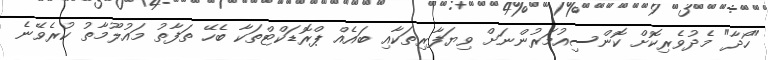
"ހޯދާ" މެދުވެރިކޮށް ކޮންސިއުމަރުންނަށް ވިޔަފާރިތަކާއި ބައެއް ޕްރޮޑަކްޓްތަކާ ބެހޭ ތަފާތު މައުލޫމާތު ކުރެވޭނެ